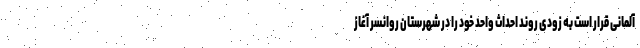
آلمانی قرار است به زودی روند احداث واحد خود را در شهرستان روانسر آغاز